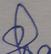
Signature authenticity: genuine